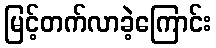
မြင့်တက်လာခဲ့ကြောင်း